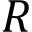
R